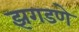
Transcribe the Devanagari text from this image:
झगडणे